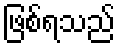
ဖြစ်ရသည်